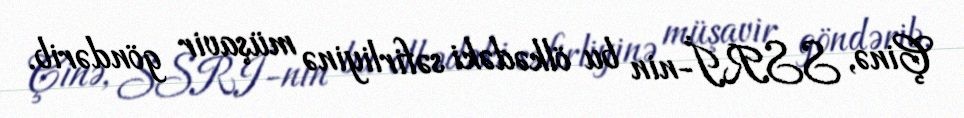
Çinə, SSRİ-nin bu ölkədəki səfirliyinə müşavir göndərib.